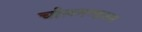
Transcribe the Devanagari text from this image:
चोलमण्डलम